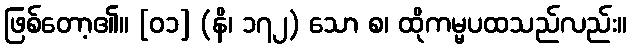
ဖြစ်တော့၏။ [၀၁] (နိ၊ ၁၇၂) သော စ၊ ထိုကမ္မပထသည်လည်း။